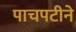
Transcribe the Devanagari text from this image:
पाचपटीने